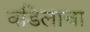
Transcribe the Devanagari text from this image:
वडिलाचा